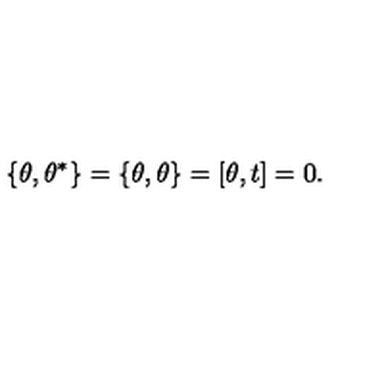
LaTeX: \{ \theta , \theta ^ { \ast } \} = \{ \theta , \theta \} = [ \theta , t ] = 0 .